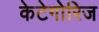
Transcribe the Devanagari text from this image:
केटेगोरिज